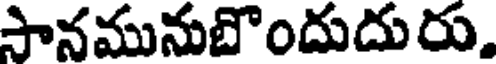
సానమునుబొందుదురు,